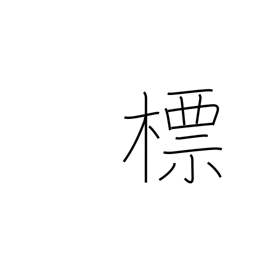
Meaning: emblem